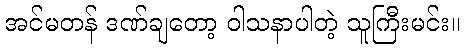
အင်မတန် ဒဏ်ချတော့ ဝါသနာပါတဲ့ သူကြီးမင်း။